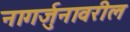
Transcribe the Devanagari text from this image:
नागर्जुनावरील